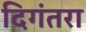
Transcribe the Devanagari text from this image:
दिगंतरा